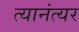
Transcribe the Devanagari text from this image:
त्यानंत्यर